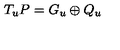
T _ { u } P = G _ { u } \oplus Q _ { u }